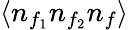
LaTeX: \langle n_{f_{1}}n_{f_{2}}n_{f}\rangle